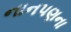
નાનપણના